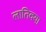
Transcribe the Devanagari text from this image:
लातिवया